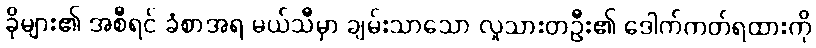
ခိုများ၏ အစီရင် ခံစာအရ မယ်သီမှာ ချမ်းသာသော လူသားတဦး၏ ဒေါက်ကတ်ရထားကို